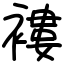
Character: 褸